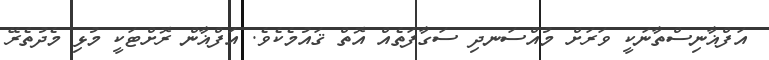
އަފްޣާނިސްތާނަކީ ވަރަށް މުއްސަނދި ސަގާފަތެއް އޮތް ޤައުމެކެވެ. އަފްޣާން ރޮށްޓަކީ މުޅި މެދުތެރޭ